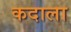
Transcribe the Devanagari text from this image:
कदाला